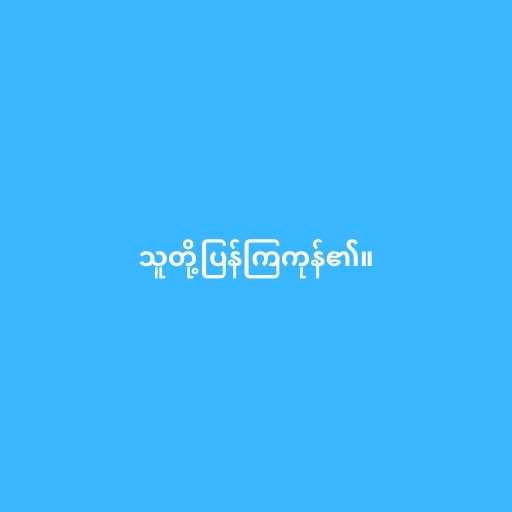
သူတို့ပြန်ကြကုန်၏။